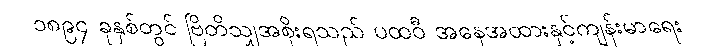
၁၈၉၄ ခုနှစ်တွင် ဗြိတိသျှအစိုးရသည် ပထဝီ အနေအထားနှင့်ကျန်းမာရေး